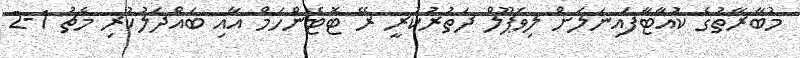
މުބާރާތުގެ ކުއާޓާފައިނަލަށް ލިވަޕޫލް ދަތުރުކުރީ ރޭ ޓޮޓެންހަމް އާއި ބައްދަލުކުރި މެޗު 1-2